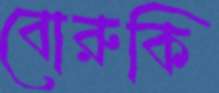
বোরুকি